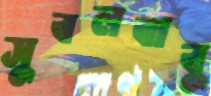
সুবলবাবু